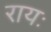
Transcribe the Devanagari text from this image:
रायः